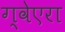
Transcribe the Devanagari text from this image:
ग्वेएरा